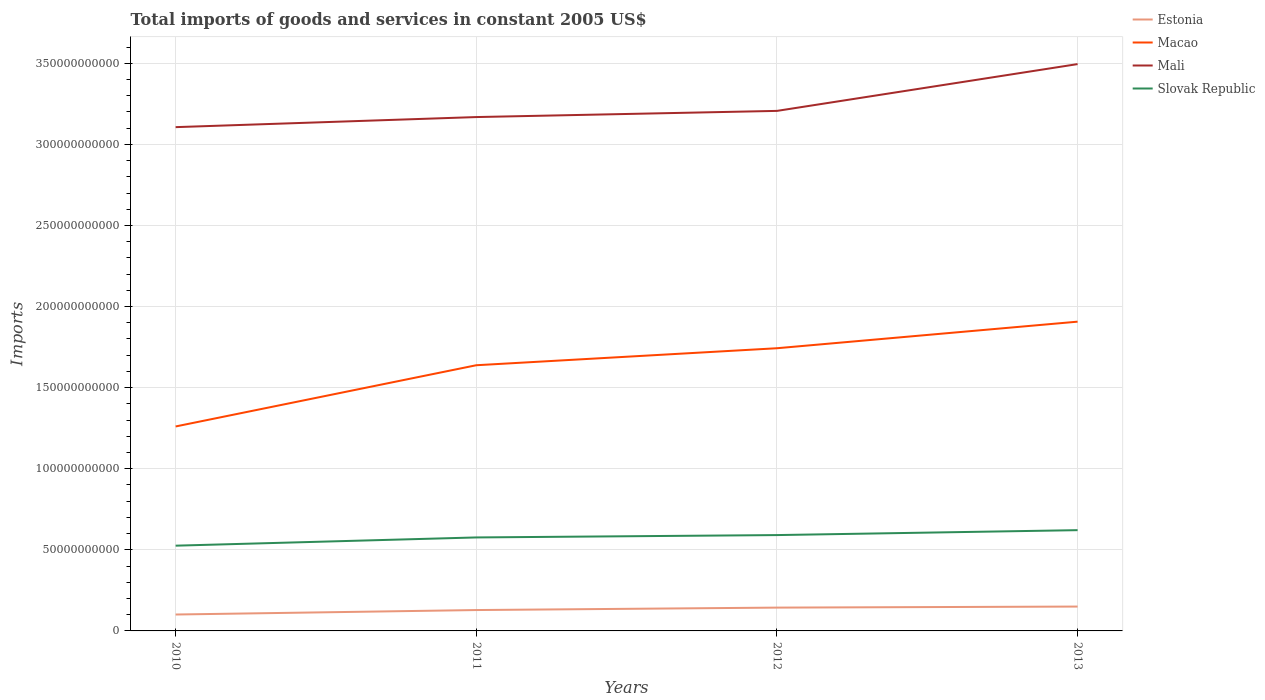
| Years | Estonia | Macao | Mali | Slovak Republic |
 | --- | --- | --- | --- | --- |
 | 2010 | 1.01e+10 | 1.26e+11 | 3.11e+11 | 5.26e+10 |
 | 2011 | 1.29e+10 | 1.64e+11 | 3.17e+11 | 5.76e+10 |
 | 2012 | 1.44e+10 | 1.74e+11 | 3.21e+11 | 5.91e+10 |
 | 2013 | 1.5e+10 | 1.91e+11 | 3.49e+11 | 6.21e+10 |